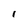
Character: 1